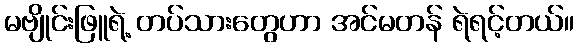
မဗျိုင်းဖြူရဲ့ တပ်သားတွေဟာ အင်မတန် ရဲရင့်တယ်။